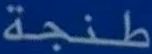
طنجة